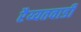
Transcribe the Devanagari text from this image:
रैय्यतवाडीं